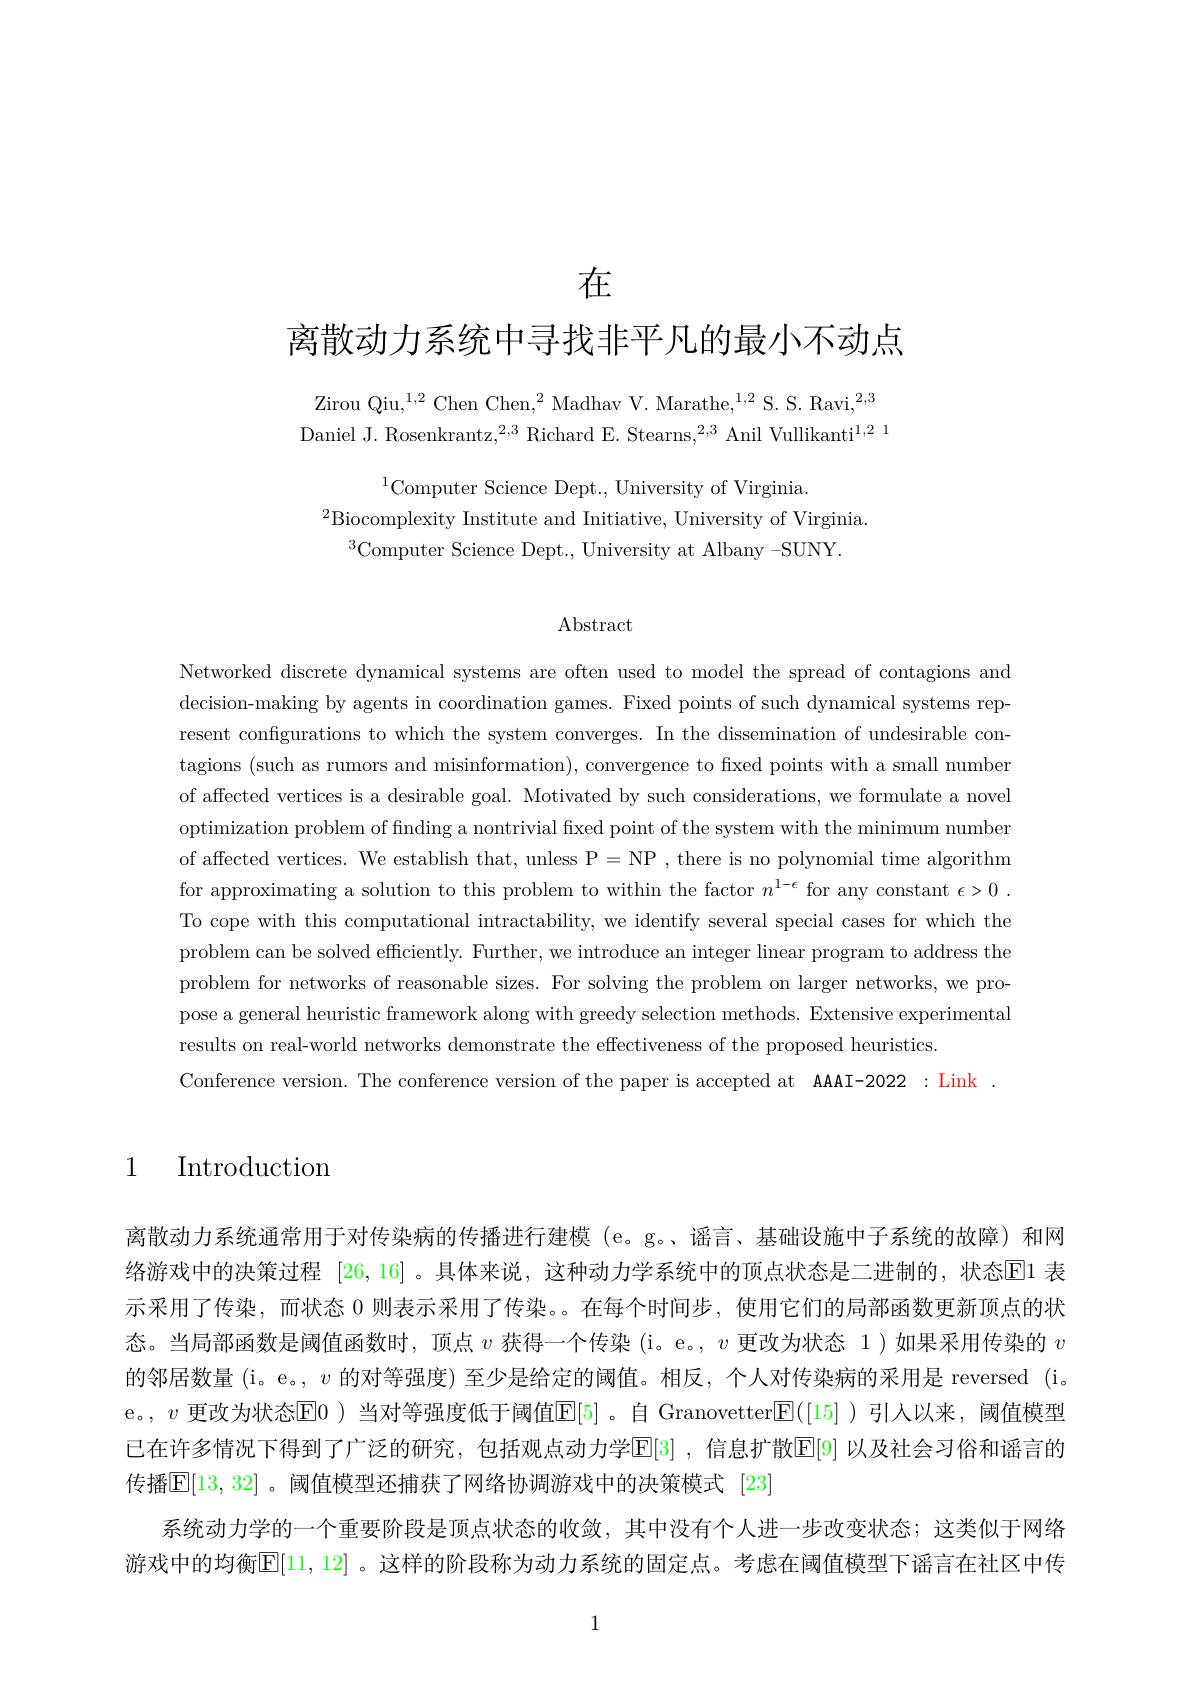
在

离散动力系统中寻找非平凡的最小不动点

Zirou Qiu,$^1,2$ Chen Chen,$^2$Madhav V. Marathe,$^1,2$ S. S. Ravi,$^{2,3}$ Daniel J. Rosenkrantz,$^2,3$ Richard E. Stearns,$^2,3$ Anil Vullikanti$^1,2^{1}$

$^{1}$Computer Science Dept., University of Virginia.
$^{2}$Biocomplexity Institute and Initiative, University of Virginia.
Computer Science Dept., University at Albany -SUNY.

Abstract

Networked discrete dynamical systems are often used to model the spread of contagions and decision-making by agents in coordination games. Fixed points of such dynamical systems represent configurations to which the system converges. In the dissemination of undesirable contagions (such as rumors and misinformation), convergence to fixed points with a small number of affected vertices is a desirable goal. Motivated by such considerations, we formulate a novel optimization problem of finding a nontrivial fixed point of the system with the minimum number of affected vertices. We establish that, unless P= NP , there is no polynomial time algorithm for approximating a solution to this problem to within the factor $n^1-\epsilon$ for any constant $\epsilon>0.$ To cope with this computational intractability, we identify several special cases for which the problem can be solved efficiently. Further, we introduce an integer linear program to address the problem for networks of reasonable sizes. For solving the problem on larger networks, we propose a general heuristic framework along with greedy selection methods. Extensive experimental results on real-world networks demonstrate the effectiveness of the proposed heuristics.
Conference version. The conference version of the paper is accepted at AAAI-2022 : Link

1 Introduction

离散动力系统通常用于对传染病的传播进行建模 (e。g。、谣言、基础设施中子系统的故障)和网络游戏中的决策过程[26,16] 。具体来说，这种动力学系统中的顶点状态是二进制的，状态El 表示采用了传染，而状态 0 则表示采用了传染。。在每个时间步，使用它们的局部函数更新顶点的状态。当局部函数是阈值函数时，顶点$v$获得一个传染 (i。e。, $v$更改为状态 1)如果采用传染的$v$ 的邻居数量 (i。e。, $v$的对等强度) 至少是给定的阈值。相反，个人对传染病的采用是 reversed (i。e。,$v$ 更改为状态$\mathbb{E}$0 )当对等强度低于阈值$\mathbb{E}[5]$ 。自 Granovetter$\mathbb{E}([15]$ )引人以来，阈值模型已在许多情况下得到了广泛的研究，包括观点动力学$\mathbb{E}[3]$ ,信息扩散E[9] 以及社会习俗和谣言的传播$\overline{\mathbb{E}}[13,32]$。阈值模型还捕获了网络协调游戏中的决策模式 [23]
系统动力学的一个重要阶段是顶点状态的收敛，其中没有个人进一步改变状态；这类似于网络游戏中的均衡$\mathbb{E}[11,12]$ 。这样的阶段称为动力系统的固定点。考虑在阈值模型下谣言在社区中传

1